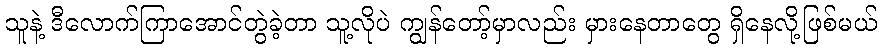
သူနဲ့ ဒီလောက်ကြာအောင်တွဲခဲ့တာ သူ့လိုပဲ ကျွန်တော့်မှာလည်း မှားနေတာတွေ ရှိနေလို့ဖြစ်မယ်